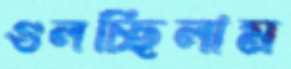
গুলচ্ছিলাম